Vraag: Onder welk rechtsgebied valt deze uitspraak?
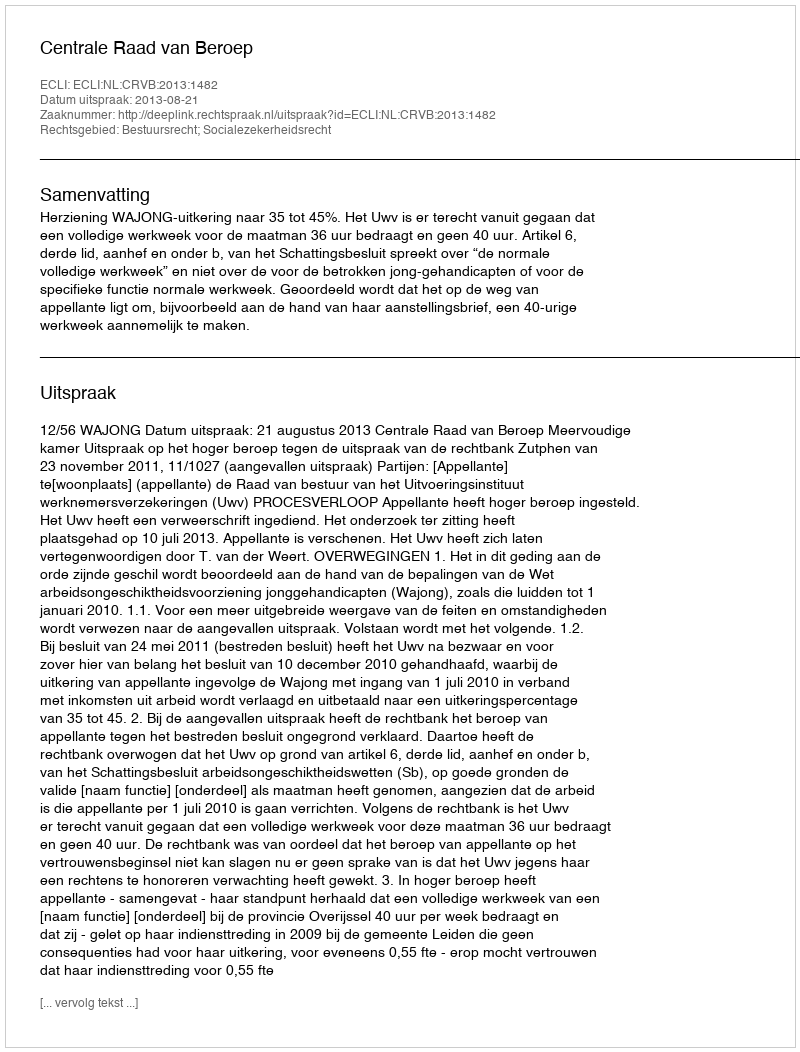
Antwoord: Bestuursrecht; Socialezekerheidsrecht